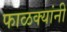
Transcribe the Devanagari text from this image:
फाळक्यांनी